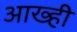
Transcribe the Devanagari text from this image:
आख्ही